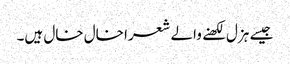
جیسے ہزل لکھنے والے شعرا خال خال ہیں۔